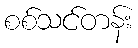
စစ်သင်တန်း